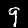
Digit: 9